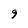
Character: 9